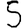
Digit: 5